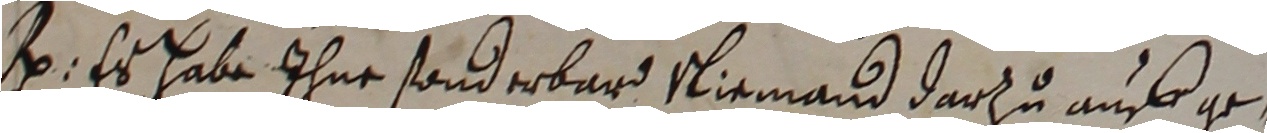
e. Er habe ihne sonderbard niemand darzu anhge